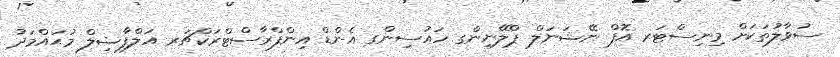
ސުވާލުތަކަށް މިނިސްޓަރ އޮފް ނޭޝަނަލް ޕްލޭނިންގ ހައުސިންގ އެންޑް އިންފްރާސްޓްރަކްޗަރ އަލްފާޟިލް މުޙައްމަދު